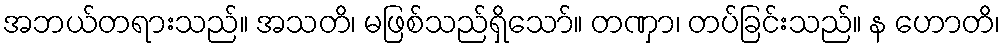
အဘယ်တရားသည်။ အသတိ၊ မဖြစ်သည်ရှိသော်။ တဏှာ၊ တပ်ခြင်းသည်။ န ဟောတိ၊